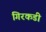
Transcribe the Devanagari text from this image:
गिरकडी